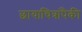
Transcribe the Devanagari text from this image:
छायाचित्रांपैकी